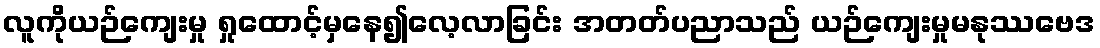
လူကိုယဉ်ကျေးမှု ရှုထောင့်မှနေ၍လေ့လာခြင်း အတတ်ပညာသည် ယဉ်ကျေးမှုမနုဿဗေဒ